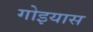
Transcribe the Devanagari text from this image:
गोइयास